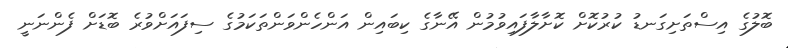
ބޮލުގެ އިސްތަށިގަނޑު ކުރުކޮށް ކޮށާލާފައިވުމުން އޭނާގެ ކިބައިން އަންހެންވަންތަކަމުގެ ސިފައަށްވުރެ ބޮޑަށް ފެންނަނީ